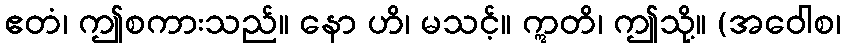
ဧတံ၊ ဤစကားသည်။ နော ဟိ၊ မသင့်။ ဣတိ၊ ဤသို့။ (အဝေါစ၊